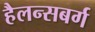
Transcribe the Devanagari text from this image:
हैलन्सबर्ग